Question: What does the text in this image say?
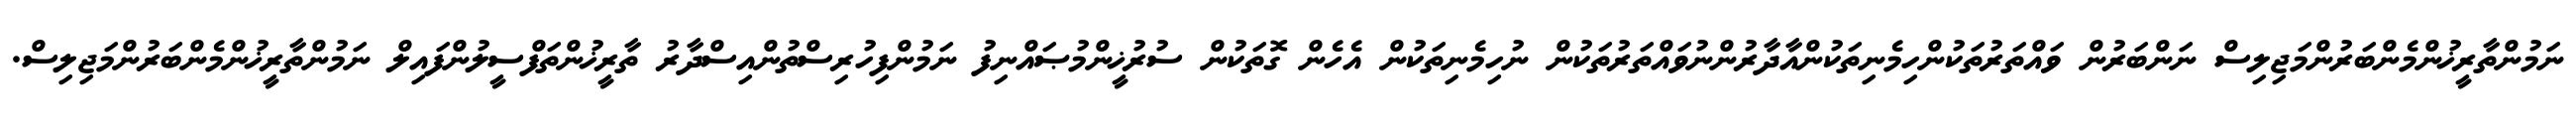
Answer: ނަމުންތާރީޚުންމެންބަރުންމަޖިލިސް ނަންބަރުން ވައްތަރުތަކުންހިމެނިތަކުންއާދާރުންނުވައްތަރުތަކުން ނުހިމެނިތަކުން އެހެން ގޮތަކުން ސުރުޚީންމުޞައްނިފު ނަމުންފިހުރިސްތުންއިސްދާރު ތާރީޚުންތަފްސީލުންފައިލް ނަމުންތާރީޚުންމެންބަރުންމަޖިލިސް.